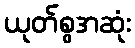
ယုတ်စွအဆုံး